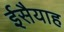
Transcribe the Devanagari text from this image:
ईसैयाह